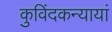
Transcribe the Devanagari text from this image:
कुविंदकन्यायां